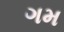
ગમ